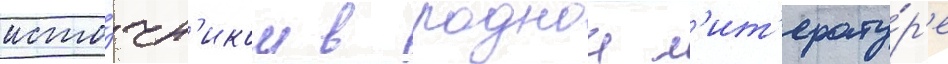
исто́чн'иком в роднои л'ит'ерату́р'е